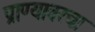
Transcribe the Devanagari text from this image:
प्राण्यावरचा